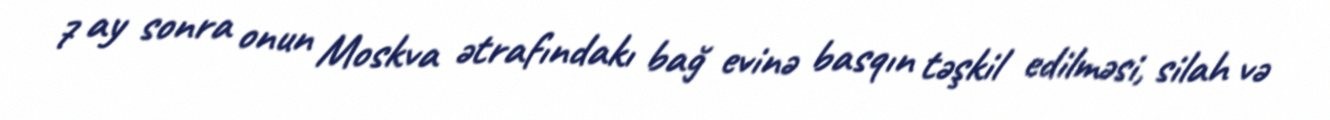
7 ay sonra onun Moskva ətrafındakı bağ evinə basqın təşkil edilməsi, silah və